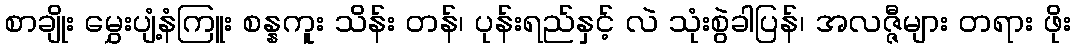
စာချိုး မွှေးပျံ့နံကြူး စန္နကူး သိန်း တန်၊ ပုန်းရည်နှင့် လဲ သုံးစွဲခါပြန်၊ အလဇ္ဇီများ တရား ဖိုး